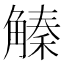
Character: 𧤛